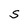
Character: S